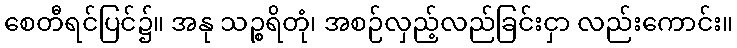
စေတီရင်ပြင်၌။ အနု သဉ္စရိတုံ၊ အစဉ်လှည့်လည်ခြင်းငှာ လည်းကောင်း။